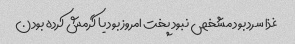
غذا سرد بود مشخص نبود پخت امروز بود یا گرمش کرده بودن